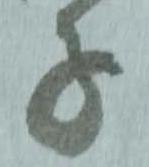
子